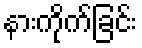
နားကိုက်ခြင်း